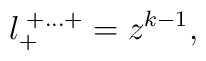
l_{+}^{\; + \ldots +}=z^{k-1} ,